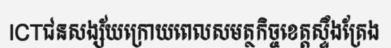
ICTជនសង្ស័យក្រោយពេលសមត្ថកិច្ចខេត្តស្ទឹងត្រែង